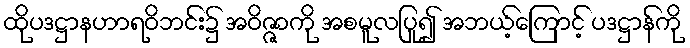
ထိုပဒဋ္ဌာနဟာရဝိဘင်း၌ အဝိဇ္ဇာကို အစမူလပြု၍ အဘယ့်ကြောင့် ပဒဋ္ဌာန်ကို